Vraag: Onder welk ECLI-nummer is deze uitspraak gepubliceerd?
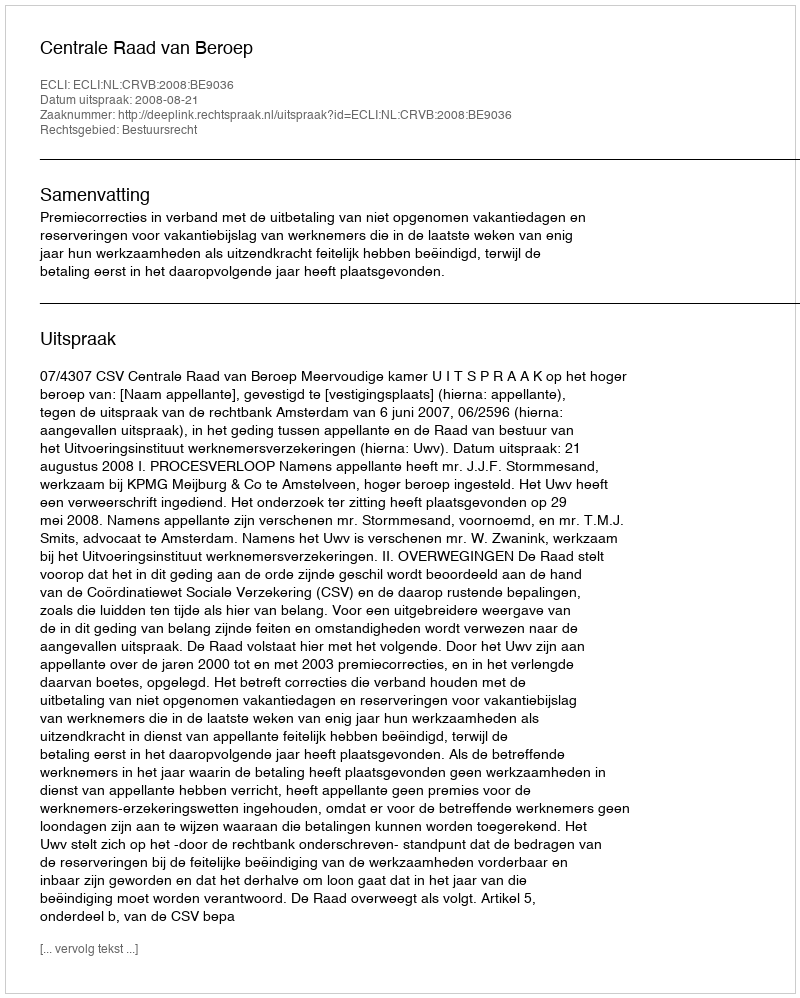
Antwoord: ECLI:NL:CRVB:2008:BE9036